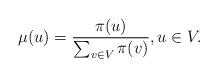
LaTeX: \begin{align*}\mu(u)=\frac{\pi(u)}{\sum_{v\in V}\pi(v)}, u\in V.\end{align*}